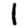
Digit: 1